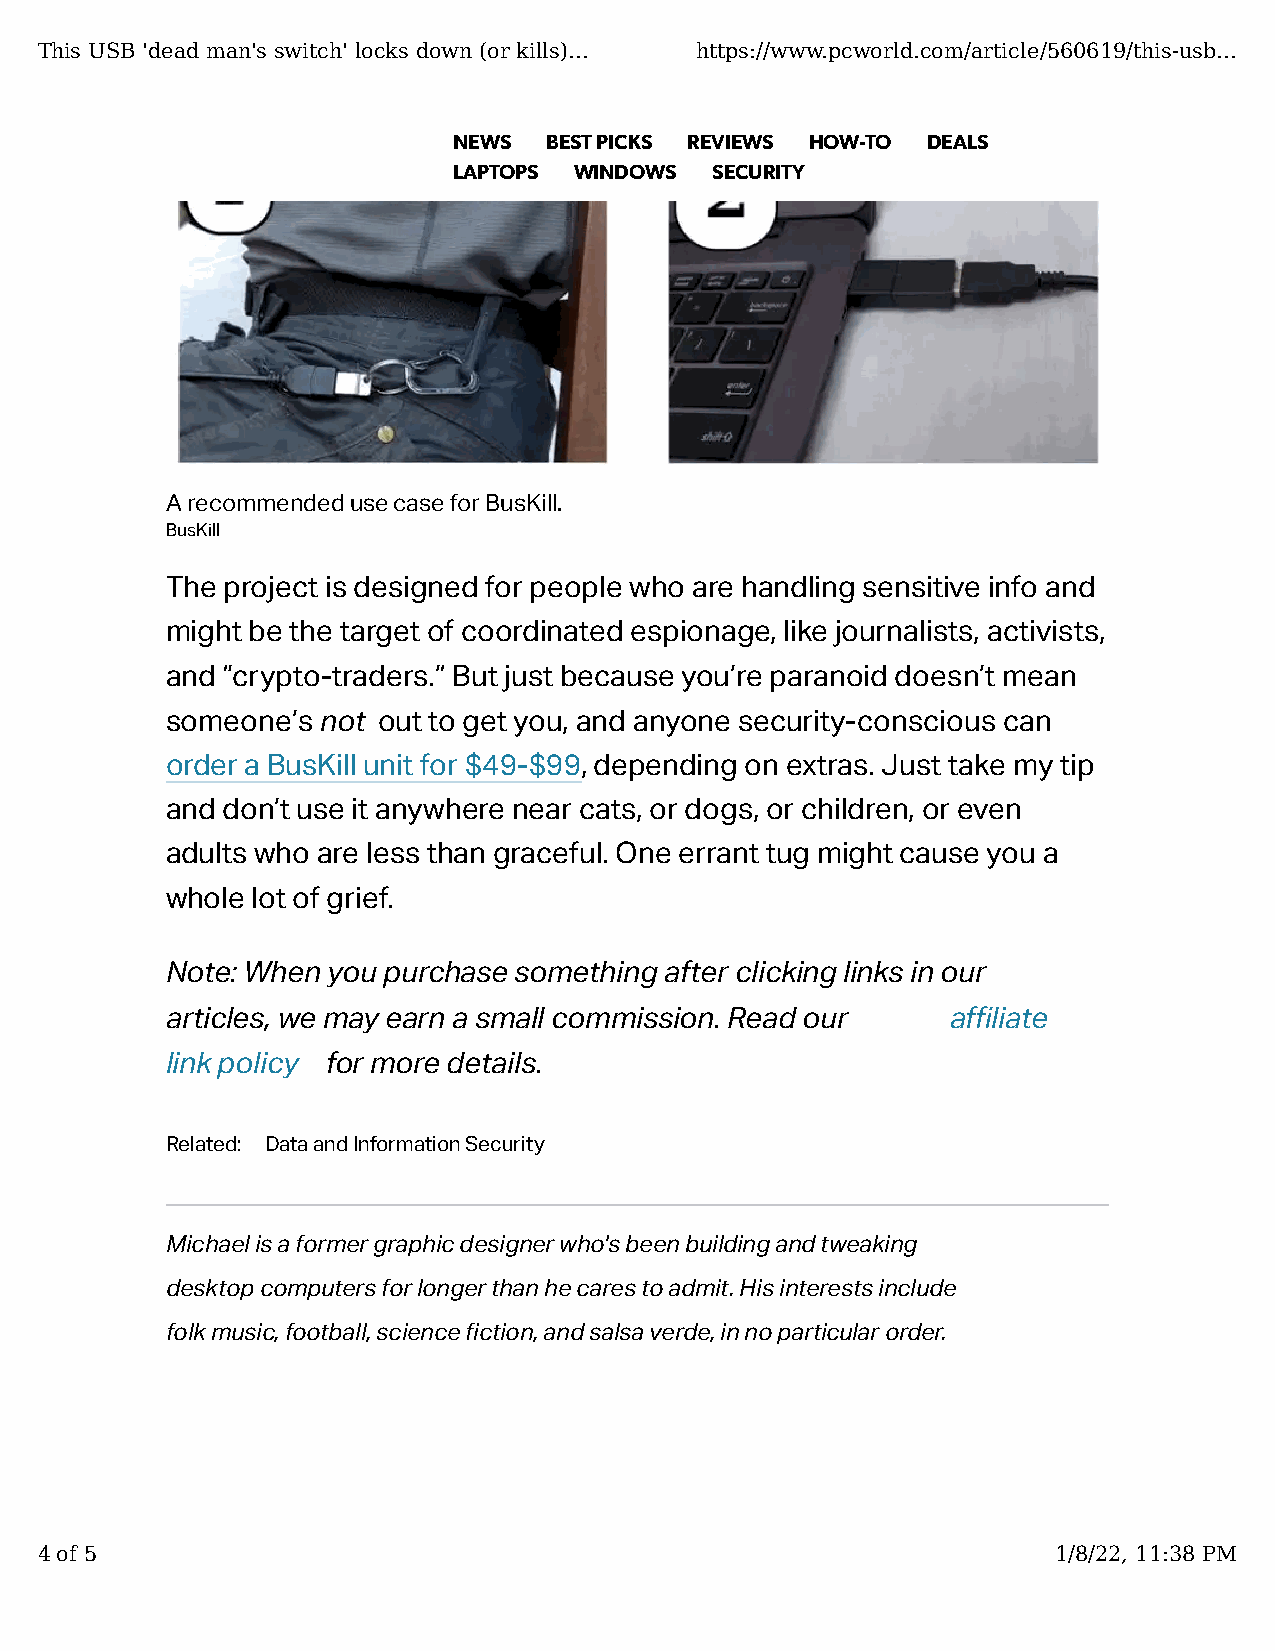
This USB 'dead man's switch' locks down (or kills)... https://www.pcworld.com/article/560619/this-usb...
 NEWS  BEST PICKS REVIEWS HOW-TO DEALS
 LAPTOPS WINDOWS  SECURITY
 A recommended use case for BusKill.
 BusKill
 The project is designed for people who are handling sensitive info and
 might be the target of coordinated espionage, like journalists, activists,
 and “crypto-traders.” But just because you’re paranoid doesn’t mean
 someone’s not out to get you, and anyone security-conscious can
 order a BusKill unit for $49-$99, depending on extras. Just take my tip
 and don’t use it anywhere near cats, or dogs, or children, or even
 adults who are less than graceful. One errant tug might cause you a
 whole lot of grief.
 Note: When you purchase something after clicking links in our
 articles, we may earn a small commission. Read our  a�liate
 link policy for more details.
 Related: Data and Information Security
 Michael is a former graphic designer who's been building and tweaking
 desktop computers for longer than he cares to admit. His interests include
 folk music, football, science �ction, and salsa verde, in no particular order.
 4 of 5                                                              1/8/22, 11:38 PM